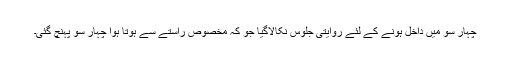
چہار سو میں داخل ہونے کے لئے روایتی جلوس نکالاگیا جو کہ مخصوص راستے سے ہوتا ہوا چہار سو پہنچ گئی۔